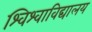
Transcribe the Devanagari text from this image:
श्विश्वाविद्यालय